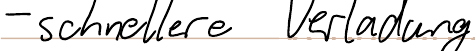
- schnellere Verladung